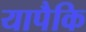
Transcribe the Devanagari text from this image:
यापैकि